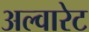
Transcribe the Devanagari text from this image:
अल्वारेट